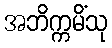
အဘိက္ကမိံသု